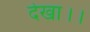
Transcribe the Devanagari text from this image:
देखा।।